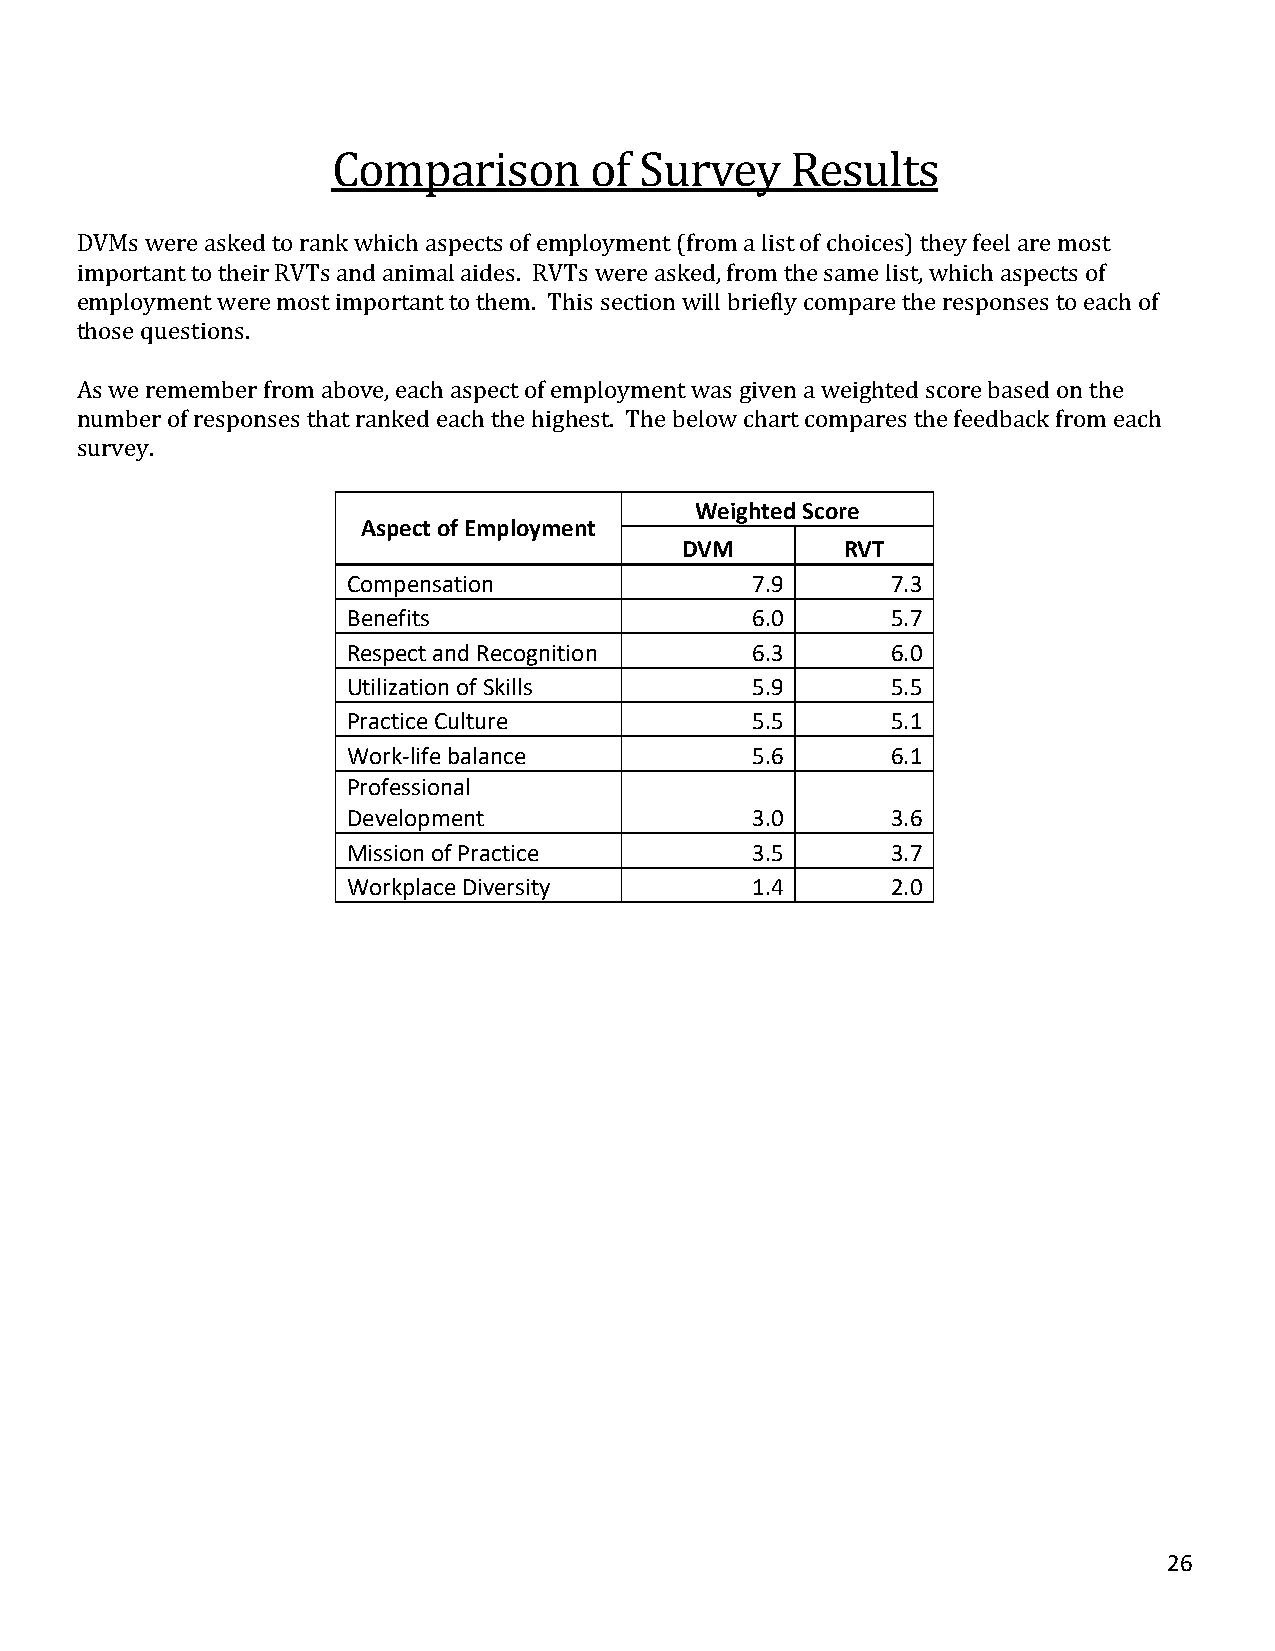
Comparison       of Survey    Results
 DVMs were asked to rank which aspects of employment (from a list of choices) they feel are most
 important to their RVTs and animal aides. RVTs were asked, from the same list, which aspects of
 employment were most important to them. This section will briefly compare the responses to each of
 those questions.
 As we remember from above, each aspect of employment was given a weighted score based on the
 number of responses that ranked each the highest. The below chart compares the feedback from each
 survey.
 Weighted Score
 Aspect of Employment
 DVM        RVT
 Compensation               7.9      7.3
 Benefits                   6.0      5.7
 Respect and Recognition    6.3      6.0
 Utilization of Skills      5.9      5.5
 Practice Culture           5.5      5.1
 Work-life balance          5.6      6.1
 Professional
 Development                3.0      3.6
 Mission of Practice        3.5      3.7
 Workplace Diversity        1.4      2.0
 26